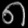
Digit: ၈